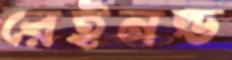
রেইনল্ড